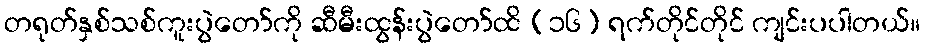
တရုတ်နှစ်သစ်ကူးပွဲတော်ကို ဆီမီးထွန်းပွဲတော်ထိ (၁၆) ရက်တိုင်တိုင် ကျင်းပပါတယ်။